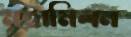
মহামিলন